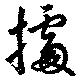
拠